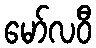
မော်လဝီ